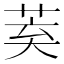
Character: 𮏌